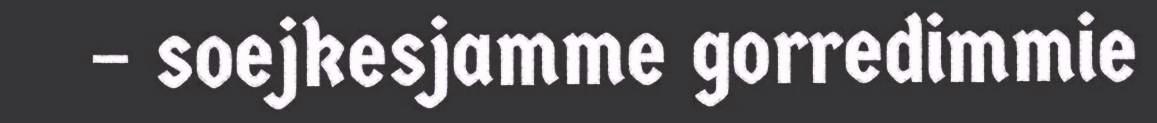
– soejkesjamme gorredimmie